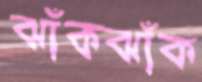
ঝাঁকঝাঁক